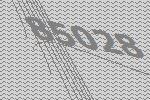
85028